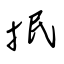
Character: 抿